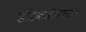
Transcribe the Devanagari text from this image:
डोडेकासैकराइड